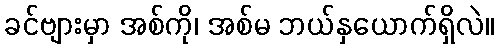
ခင်ဗျားမှာ အစ်ကို၊ အစ်မ ဘယ်နှယောက်ရှိလဲ။